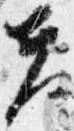
夫